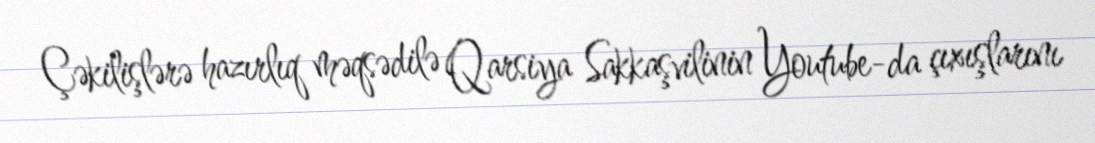
Çəkilişlərə hazırlıq məqsədilə Qarsiya Sakkaşvilinin Youtube-da çıxışlarını